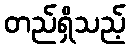
တည်ရှိသည့်